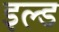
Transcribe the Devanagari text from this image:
इल्ड